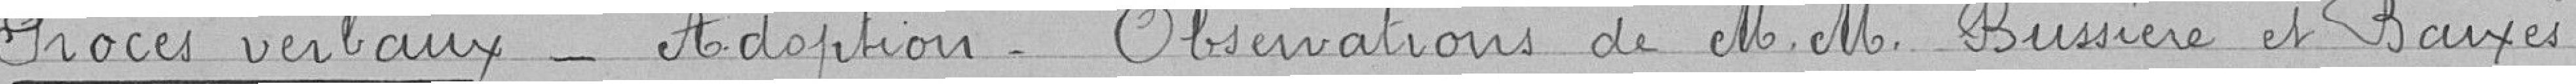
Procès verbaux - Adoption. Observation de M.M. Bussière et Baixès.